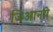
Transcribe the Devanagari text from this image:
जिआनये